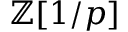
\mathbb { Z } [ 1 / p ]